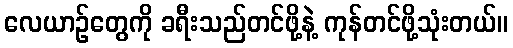
လေယာဉ်တွေကို ခရီးသည်တင်ဖို့နဲ့ ကုန်တင်ဖို့သုံးတယ်။